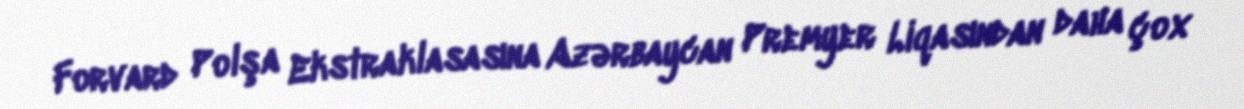
Forvard Polşa Ekstraklasasına Azərbaycan Premyer Liqasından daha çox